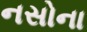
નસોના